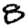
Digit: 8